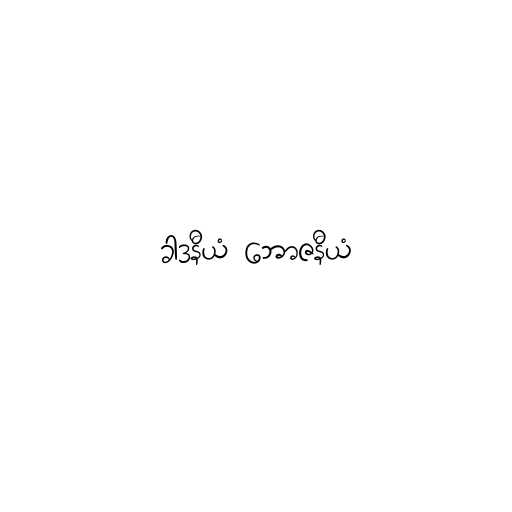
ခါဒနီယံ ဘောဇနီယံ